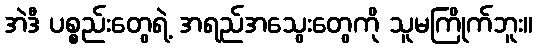
အဲဒီ ပစ္စည်းတွေရဲ့ အရည်အသွေးတွေကို သူမကြိုက်ဘူး။